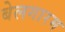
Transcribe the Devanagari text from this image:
बेलगारम